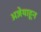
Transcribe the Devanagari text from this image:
अज्ञेयाहून